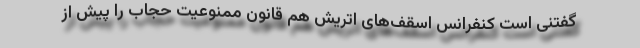
گفتنی است کنفرانس اسقف‌های اتریش هم قانون ممنوعیت حجاب را پیش از